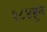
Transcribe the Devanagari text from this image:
१८४हून